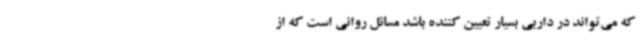
که می‌تواند در داربی بسیار تعیین کننده باشد مسائل روانی است که از